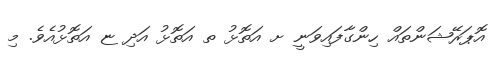
އޮޕަރޭޝަންތައް ހިންގާފައިވަނީ ށ އަތޮޅު ތ އަތޮޅު އަދި ޏ އަތޮޅުއެވެ. މި